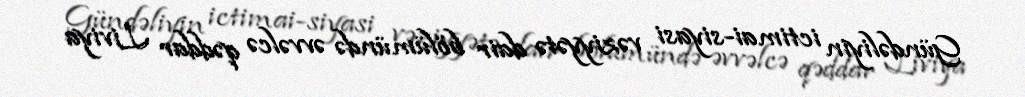
Gündəliyin ictimai-siyasi vəziyyətə dair bölümündə əvvəlcə qəddar Liviya